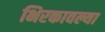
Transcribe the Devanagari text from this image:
भिरकावल्या